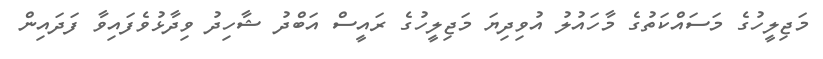
މަޖިލީހުގެ މަސައްކަތުގެ މާހައުލު އުވިދިޔަ މަޖިލީހުގެ ރައީސް އަބްދު ޝާހިދު ވިދާޅުވެފައިވާ ފަދައިން